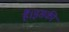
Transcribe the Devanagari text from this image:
हैं।इसकी